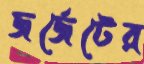
জর্জেটের